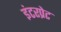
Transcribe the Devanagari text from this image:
इंटरप्रेट